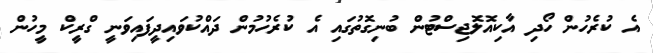
އެ ކުރެހުން ހޯދި އާކިއޮލޮޖިސްޓުން ބުނިގޮތުގައި އެ ކުރެހުމުން ދައްކުވައިދީފައިވަނީ ގްރީކް މީހުން